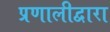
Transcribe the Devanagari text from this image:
प्रणालीद्वारा